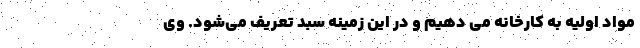
مواد اولیه به کارخانه می دهیم و در این زمینه سبد تعریف می‌شود. وی